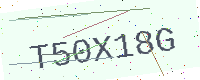
Text: T50X18G